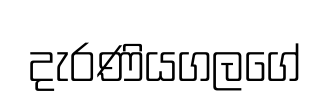
දැරණියගලගේ